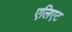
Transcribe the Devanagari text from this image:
एलिएट